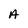
Character: A